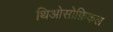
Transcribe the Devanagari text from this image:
थिओसोफ़िकल